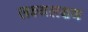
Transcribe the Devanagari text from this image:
लक्ष्यलक्षण